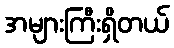
အများကြီးရှိတယ်